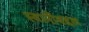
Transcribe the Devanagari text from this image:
स्वामीँबद्दल